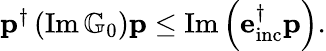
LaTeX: \begin{array}{r}{\mathbf{p}^{\dagger}\left(\operatorname{Im}\mathbb{G}_{0}\right)\mathbf{p}\leq\operatorname{Im}\left(\mathbf{e}_{\mathrm{inc}}^{\dagger}\mathbf{p}\right).}\end{array}